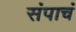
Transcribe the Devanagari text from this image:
संपाचं